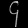
Digit: ၄